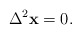
\begin{align*} \Delta^2 {\bf x}=0.\end{align*}